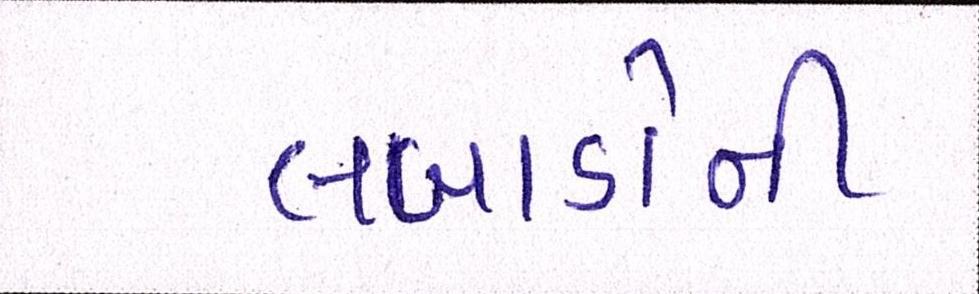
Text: લબાડોની